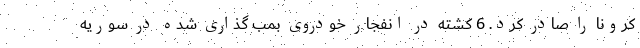
کرونا را صادر کرد. 6 کشته در انفجار خودروی بمب گذاری شده در سوریه